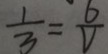
\frac { 1 } { 3 } = \frac { 6 } { 1 }